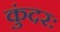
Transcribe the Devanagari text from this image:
कुंदरः